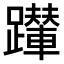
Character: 𨇍